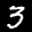
Label: 3